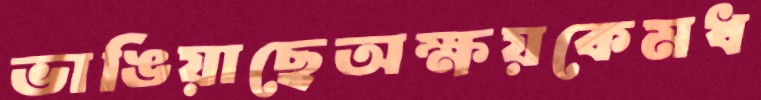
ভাঙিয়াছেঅক্ষয়কেমধ